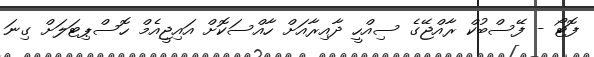
ފޮޓޯ - ފޭސްބުކް ރާއްޖޭގެ ސިއްހީ ދާއިރާއަށް ހާއްސަކޮށް އައިޖީއެމް ހޮސްޕިޓަލަށް ގިނަ